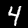
Digit: 4